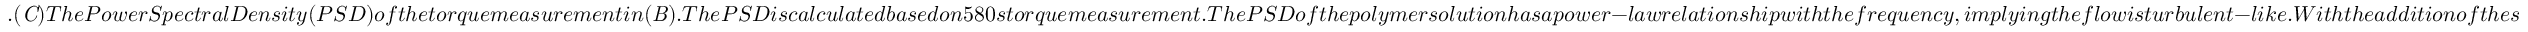
. ( { \it C } ) T h e P o w e r S p e c t r a l D e n s i t y ( P S D ) o f t h e t o r q u e m e a s u r e m e n t i n ( { \it B } ) . { T h e P S D i s c a l c u l a t e d b a s e d o n 5 8 0 s t o r q u e m e a s u r e m e n t } . T h e P S D o f t h e p o l y m e r s o l u t i o n h a s a p o w e r - l a w r e l a t i o n s h i p w i t h t h e f r e q u e n c y , i m p l y i n g t h e f l o w i s t u r b u l e n t - l i k e . W i t h t h e a d d i t i o n o f t h e s u s p e n s i o n , t h e t o r q u e h a s a s i n g l e p e a k w i t h a f r e q u e n c y o f